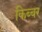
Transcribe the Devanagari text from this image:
किब्‍बर